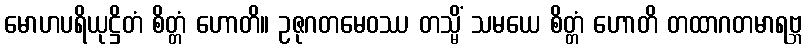
မောဟပရိယုဋ္ဌိတံ စိတ္တံ ဟောတိ။ ဥဇုဂတမေဝဿ တသ္မိံ သမယေ စိတ္တံ ဟောတိ တထာဂတမာရဗ္ဘ